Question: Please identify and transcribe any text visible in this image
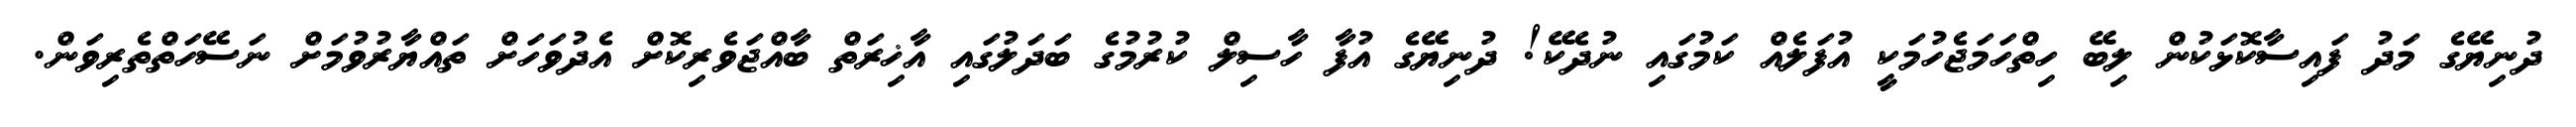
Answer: ދުނިޔޭގެ މަދު ފައިސާކޮޅަކުން ލިބޭ ހިތްހަމަޖެހުމަކީ އުފަލެއް ކަމުގައި ނުދެކޭ! ދުނިޔޭގެ އުފާ ހާސިލް ކުރުމުގެ ބަދަލުގައި އާޚިރަތް ބާއްޖަވެރިކޮށް އެދުވަހަށް ތައްޔާރުވުމަށް ނަސޭހަތްތެރިވަން.